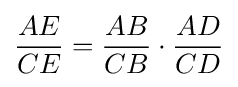
{\frac {AE}{CE}}={\frac {AB}{CB}}\cdot {\frac {AD}{CD}}